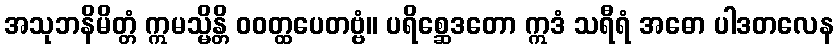
အသုဘနိမိတ္တံ ဣမသ္မိန္တိ ဝဝတ္ထပေတဗ္ဗံ။ ပရိစ္ဆေဒတော ဣဒံ သရီရံ အဓော ပါဒတလေန